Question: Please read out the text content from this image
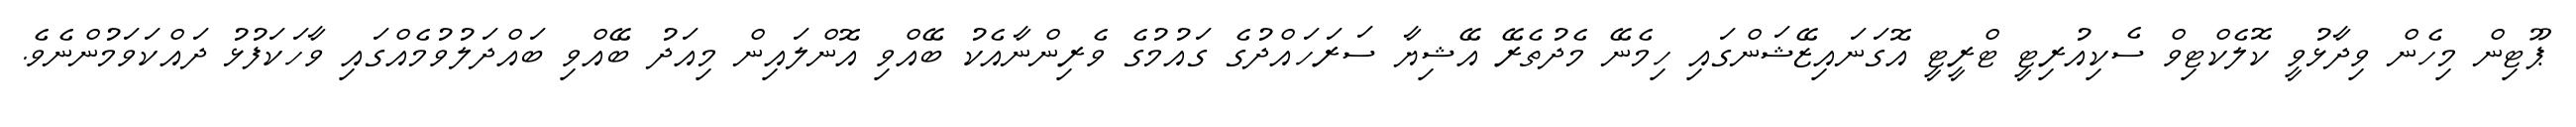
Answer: ޕޫޓިން މިހެން ވިދާޅުވީ ކޮލެކްޓިވް ސެކިއުރިޓީ ޓްރީޓީ އޮގަނައިޒޭޝަންގައި ހިމެނޭ މެދުތެރޭ އޭޝިޔާ ސަރަހައްދުގެ ގައުމުގެ ވެރިންނާއެކު ބޭއްވި އޮންލައިން މިއަދު ބޭއްވި ބައްދަލުވުމެއްގައި ވާހަކަފުޅު ދައްކަވަމުންނެވެ.